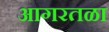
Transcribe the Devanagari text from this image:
आगरतळा